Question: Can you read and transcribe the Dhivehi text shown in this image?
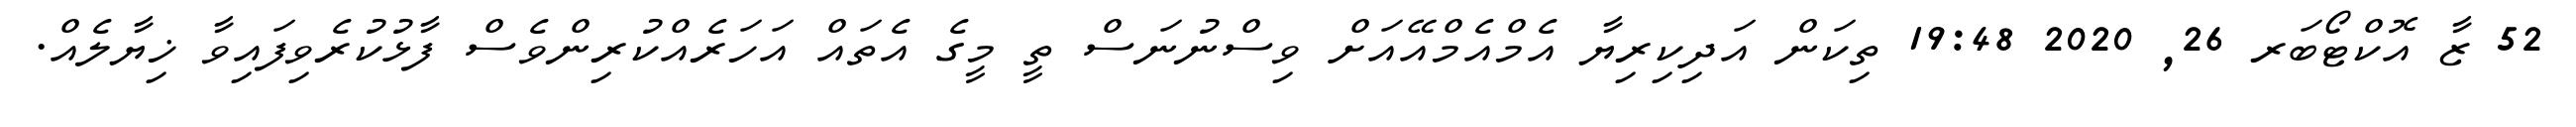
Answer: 52 ޒާ އޮކްޓޯބަރ 26, 2020 19:48 ތިކަން އަދިކިރިޔާ އެމްއެމްއޭއަށް ވިސްނުނަސް ތީ މީގެ އެތައް އަހަރެއްކުރިންވެސް ފާޅުކުރެވިފައިވާ ޚިޔާލެއް.